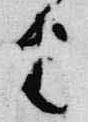
由